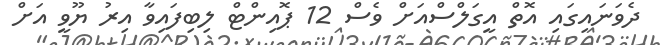
ދެވަނައިގައި އޮތް އީގަލްސްއަށް ވެސް 12 ޕޮއިންޓް ލިބިފައިވާ އިރު ޔޫވީ އަށް